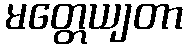
မတ္တေယျတာ